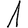
Digit: 1